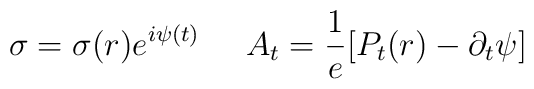
\sigma= \sigma(r)e^{i\psi(t)} \;\;\;\;\; A_t = \frac{1}{e}[P_t(r)-\partial_t \psi]